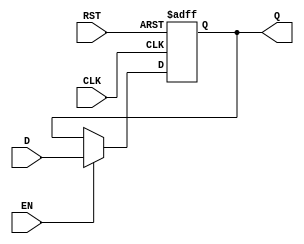
module output_register #(
    parameter WIDTH = 8 // Parameter to define the width of the register (default is 8 bits)
)(
    input wire [WIDTH-1:0] D,    // Data input
    input wire CLK,               // Clock input
    input wire RST,               // Reset input
    input wire EN,                // Enable input
    output reg [WIDTH-1:0] Q      // Data output
);

// Asynchronous Reset with Enable
always @(posedge CLK or posedge RST) begin
    if (RST) begin
        Q <= {WIDTH{1'b0}}; // Reset output to 0
    end else if (EN) begin
        Q <= D; // Capture input data on clock edge when enabled
    end
    // If RST is not asserted and EN is not asserted, Q retains its previous value
end

endmodule